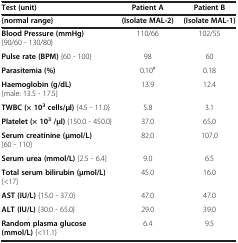
| Test (unit) | Patient A | Patient B |
 | {normal range} | (Isolate MAL-2) | (Isolate MAL-1) |
 | --- | --- | --- |
 | Blood Pressure (mmHg) {90/60 - 130/80} | 110/66 | 102/55 |
 | Pulse rate (BPM) {60 - 100} | 98 | 60 |
 | Parasitemia (%) | 0.10# | 0.18 |
 | Haemoglobin (g/dL) {male: 13.5 - 17.5} | 13.9 | 12.4 |
 | TWBC (× 103cells/μl) {4.5 - 11.0} | 5.8 | 3.1 |
 | Platelet (× 103/μl) {150.0 - 450.0} | 37.0 | 65.0 |
 | Serum creatinine (μmol/L) {60 - 110} | 82.0 | 107.0 |
 | Serum urea (mmol/L) {2.5 - 6.4} | 9.0 | 6.5 |
 | Total serum bilirubin (μmol/L) {<17} | 45.0 | 16.0 |
 | AST (IU/L) {15.0 - 37.0} | 47.0 | 47.0 |
 | ALT (IU/L) {30.0 - 65.0} | 29.0 | 39.0 |
 | Random plasma glucose (mmol/L) {<11.1} | 6.4 | 9.5 |